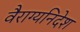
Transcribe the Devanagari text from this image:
वैराग्यनिदेश